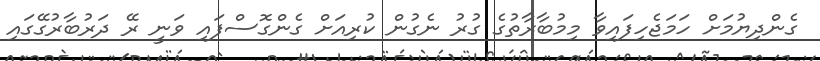
ގެންދިޔުމަށް ހަމަޖެހިފައިވާ މިމުބާރާތުގެ ގުރު ނެގުން ކުރިއަށް ގެންގޮސްފައި ވަނީ ރޭ ދަރުބާރުގޭގައި